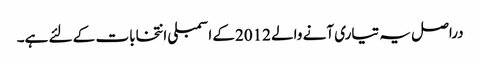
دراصل یہ تیاری آنے والے 2012کے اسمبلی انتخابات کے لئے ہے۔